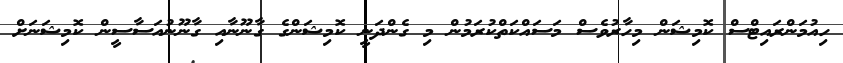
ހިއުމަންރައިޓްސް ކޮމިޝަން މިހާރުވެސް މަސައްކަތްކުރަމުން މި ގެންދަނީ ކޮމިޝަންގެ ގާނޫނާއި ގާނޫނުއަސާސީން ކޮމިޝަނަށް